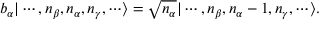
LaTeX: b _ { \alpha } | \cdots , n _ { \beta } , n _ { \alpha } , n _ { \gamma } , \cdots \rangle = { \sqrt { n _ { \alpha } } } | \cdots , n _ { \beta } , n _ { \alpha } - 1 , n _ { \gamma } , \cdots \rangle .